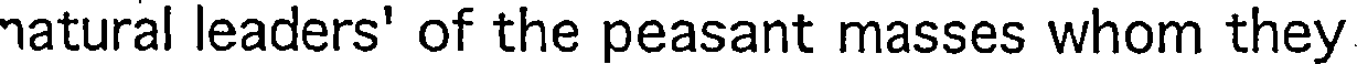
natural leaders' of the peasant masses whom they